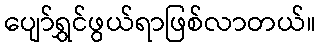
ပျော်ရွှင်ဖွယ်ရာဖြစ်လာတယ်။